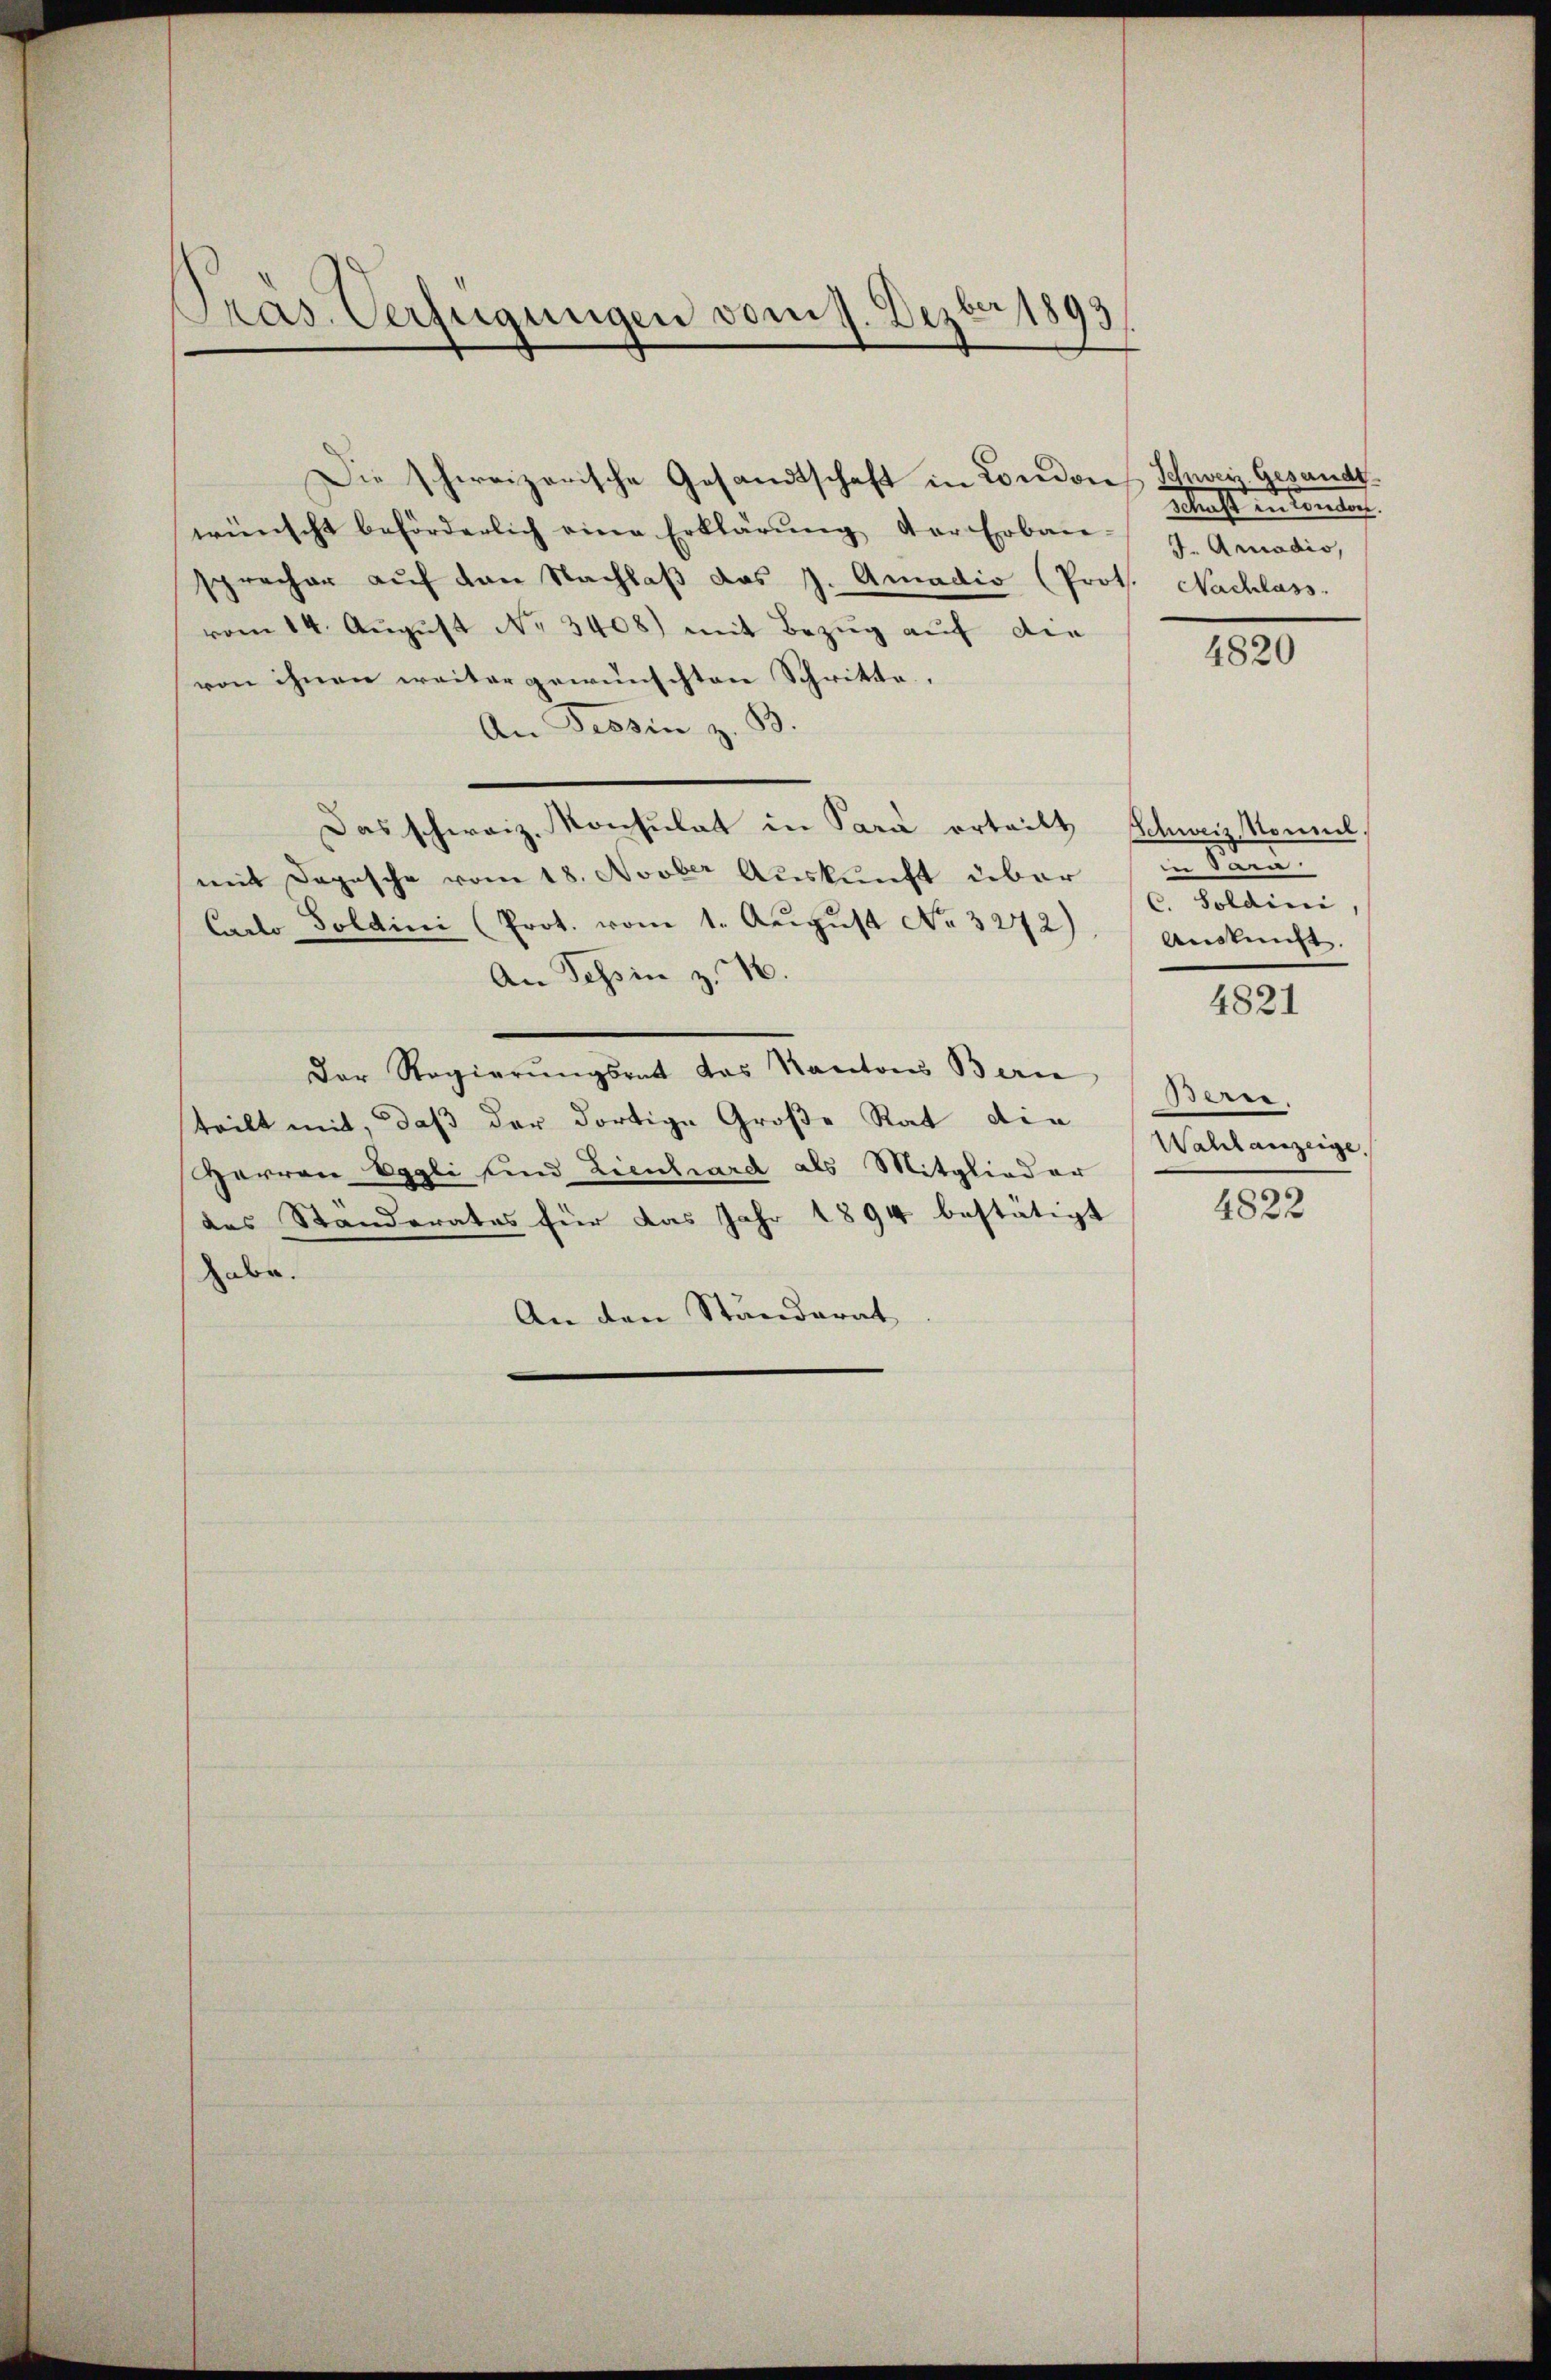
Präs. Verfügungen vom 1. Dezbr 1893

wünscht beförderlich eine Erklärŭng der Erbau-
sprecher aŭf von Nachlaβ das J. Amadio (Prot. Nachlass
vom 14. Aŭgŭst No. 3408) mit Bezug auf die
von ihnen weiter gewünschten Schritte.
An Tessin z.
Das schweiz. Konsulat in Para erteilt Schweiz. Nonnel,
mit Depesche vom 18. Novber Auskunft über
Carlo Soldini (Prot. vom 1. Aŭgŭst No. 3272).
An Tessin z. 16.
Der Regierungsrat das Kantons Bern
teilt mit, daß der dortige Große Rat die
Herren Eggli sind Lienhard als Mitglieder
des Ständerates für das Jahr 1894 bestätigt
abe.
An den Ständerat

Die schweizerische Gesandtschaft in Londones Schney Gesandt.

Retracht in Landen.
J. Annadis,

4820

in Reten
C. Soldini
Auskunft.

4821

ee.
Wahlanzeige.
4822